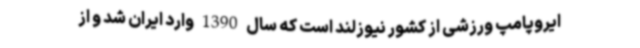
ایروپامپ ورزشی از کشور نیوزلند است که سال 1390 وارد ایران شد و از